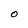
Character: O